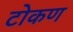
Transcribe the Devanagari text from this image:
टोकण